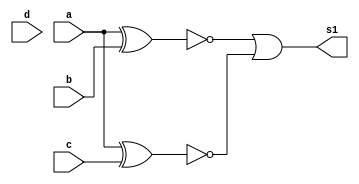
//------------------------------------------------------
//--- Avaliao 01 - Nome: Jorge Luis dos Santos Leal
//--- Matricula; 417466
//------------------------------------------------------
/*
	  0000 0001 0010 0011 0100 0101 0110 0111 1000 1001 1010 1011 1100 1101 1110 1111
S0 =   0	  1    1    1     0	  0    1    1    0    0    0    1    0    0    0    0	
S1 =	 1	  0    0    0     0	  1    0    0    0    0    1    0    0    0    0    1	
s2 =	 0	  0    0    0     1	  0    0    0    1    1    0    1    1    1    1    0		

  ---h) Montar a equao mais simplificada do sinal S1 pelas propriedades da algebra:
  ---- ~(b+d) + ~(~a+c)

*/
 module saidaS1Algebra(s1,a,b,c,d);
	input a,b,c,d;
	output s1;

   assign s1 = ~(a^b)|~(a^c);
 
   endmodule//saida s1

  module Teste;

	reg a,b,c,d;
	wire s1;

	saidaS1Algebra saida (s1,a,b,c,d);

	initial begin
	a=0; b=0; c=0; d=0;
	end

	initial begin

	#1 $display(" Jorge Luis dos Santos Leal ");
	#1 $display("letra h)");
	#1 $display(" a | b | c | d | s1 ");
	$monitor(" %b | %b | %b | %b |  %b ", a,b,c,d,s1);
		   
    #1  a=0; b=0; c=0; d=1;
    #1  a=0; b=0; c=1; d=0; 
    #1  a=0; b=0; c=1; d=1; 
    #1  a=0; b=1; c=0; d=0; 
    #1  a=0; b=1; c=0; d=1; 
    #1  a=0; b=1; c=1; d=0; 
    #1  a=0; b=1; c=1; d=1; 
    #1  a=1; b=0; c=0; d=0; 
    #1  a=1; b=0; c=0; d=1;
    #1  a=1; b=0; c=1; d=0;
    #1  a=1; b=0; c=1; d=1;
    #1  a=1; b=1; c=0; d=0;
    #1  a=1; b=1; c=0; d=1;
    #1  a=1; b=1; c=1; d=0;
    #1  a=1; b=1; c=1; d=1; 

	end	
   endmodule//teste